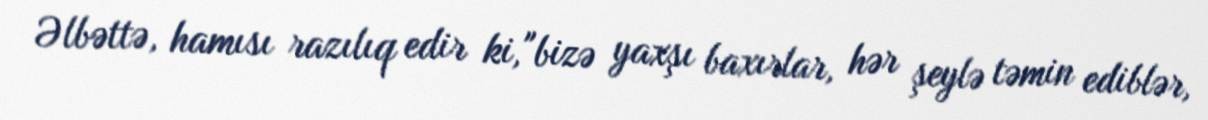
Əlbəttə, hamısı razılıq edir ki, "bizə yaxşı baxırlar, hər şeylə təmin ediblər,